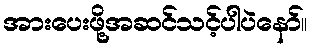
အားပေးဖို့အဆင်သင့်ပါပဲနော်။